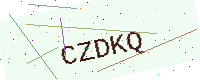
Text: CZDKQ